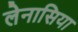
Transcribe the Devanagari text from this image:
लेनासिया